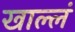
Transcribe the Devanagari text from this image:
खाल्लं